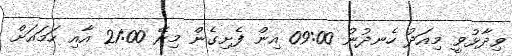
ވިދާޅުވީ މިއަދު ހެނދުނު 09:00 އިން ފެށިގެން މިރޭ 21:00 އާއި ހަމައަށް